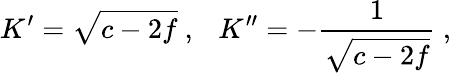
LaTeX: K^{\prime}=\sqrt{c-2f}\ ,\ \ \ K^{\prime\prime}=-\frac{1}{\sqrt{c-2f}}\ ,